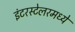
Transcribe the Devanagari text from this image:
इंटरस्टेलरमध्ये